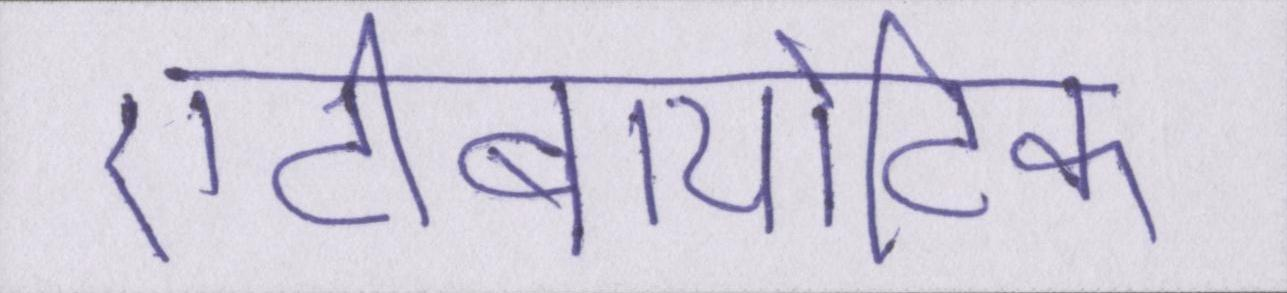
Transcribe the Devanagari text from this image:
एंटीबायोटिक